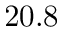
2 0 . 8